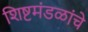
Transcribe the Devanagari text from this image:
शिष्टमंडळांचे